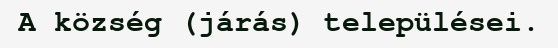
A község (járás) települései.